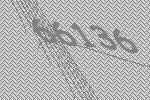
66136